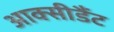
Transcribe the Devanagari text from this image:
आक्सीडैंट